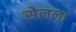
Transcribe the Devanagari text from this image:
सेलला